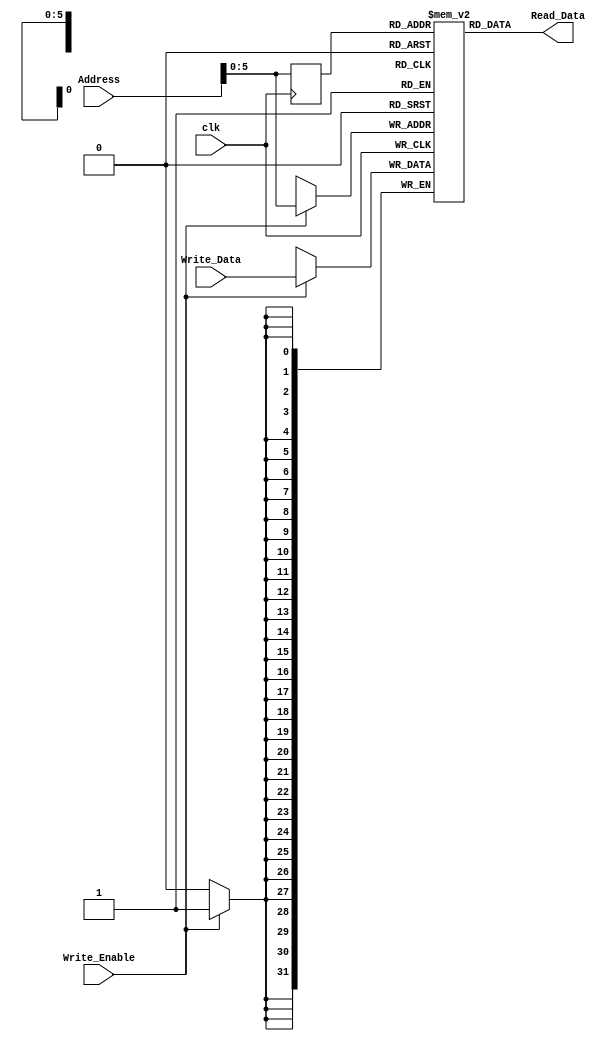
module Data_Memory
#
(
	parameter	MEMORY_DEPTH = 64,
	parameter 	DATA_WIDTH = 32
)
(
	input 								clk,
	input 								Write_Enable,
	input 	[(DATA_WIDTH-1):0]	Write_Data,
	input		[(DATA_WIDTH-1):0] 	Address,
	
	output	[(DATA_WIDTH-1):0] 	Read_Data
);

	reg 	[DATA_WIDTH-1:0] 	ram[MEMORY_DEPTH-1:0];
	reg 	[DATA_WIDTH-1:0] 	Address_reg;

	always @ (posedge clk) begin
		if (Write_Enable) begin
			ram[Address] <= Write_Data;
		end
		Address_reg <= Address;
	end

	assign Read_Data = ram[Address_reg];

endmodule